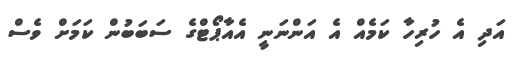
އަދި އެ ހުރިހާ ކަމެއް އެ އަންނަނީ އެއާޕޯޓްގެ ސަބަބުން ކަމަށް ވެސް